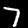
Label: 7